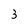
Character: 3